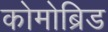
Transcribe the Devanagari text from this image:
कोमोब्रिड